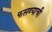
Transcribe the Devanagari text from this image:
फसण्याची